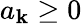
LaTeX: a_{\mathbf{k}}\geq0